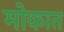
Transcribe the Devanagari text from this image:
मोकात